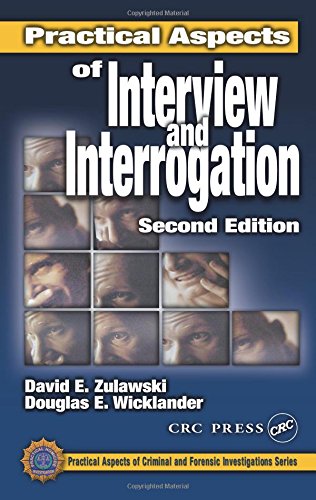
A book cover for Practical Aspects of Interview and Interrogation, Second Edition (Practical Aspects of Criminal and Forensic Investigations); David E. Zulawski; Law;